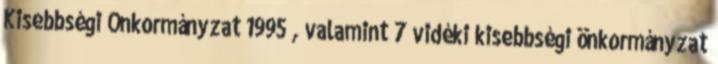
Kisebbségi Önkormányzat 1995 , valamint 7 vidéki kisebbségi önkormányzat